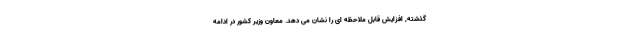
گذشته, افزایش قابل ملاحظه ای را نشان می دهد. معاون وزیر کشور در ادامه